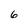
Character: 6